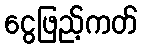
ငွေဖြည့်ကတ်